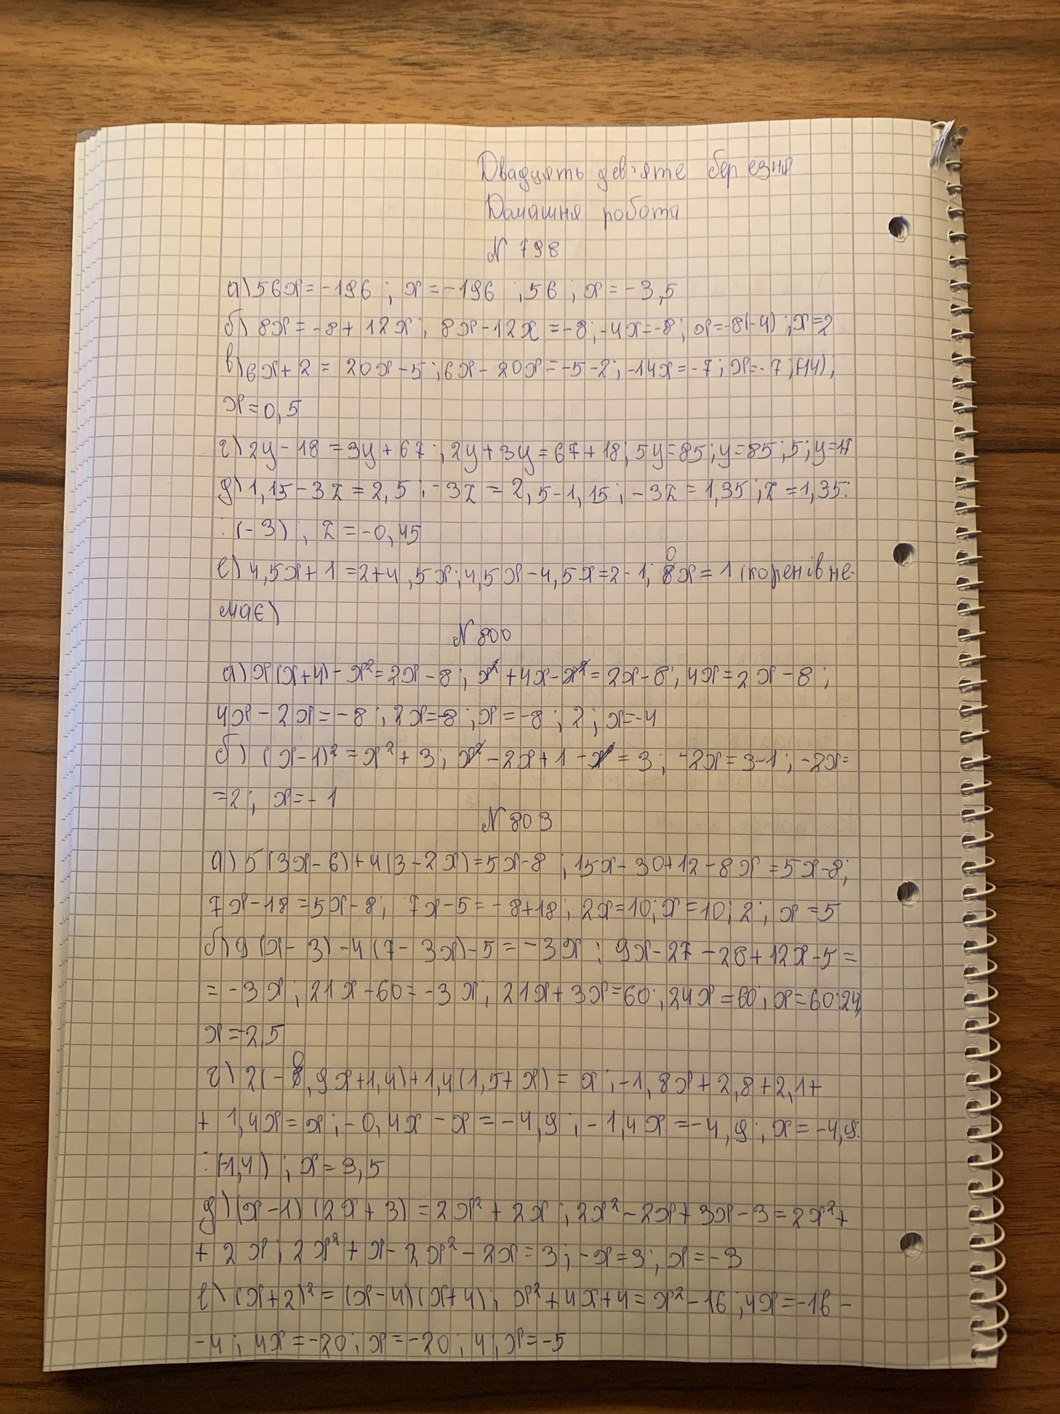
Двадцать дев’яте березня
Домашня робота
№ 798
a) 56х = -196; x=-196 ; 56; x = -3,5
б) 8х=-8+12х; 8х-12х=-8;-4х=-8;of=-8(-4);х=2
в) 6х+2=20x-5 ;6х-20х=-5-2;-14х=-7;х=-7;(-14);
х= 0,5
г) 2y - 18 = 3y + 67; 2y + 3y = 67 + 18; 5y = 85; y =85; 5; y = 17
д) 1,15- 32=2,5; -32= 2,5-1,15;-32=1,35; 2= 1,35;
: (-3) ; 2= -0,45
е) 4,5x + 1 = 2 + 4, 5x; 4,5x -4,5x = 2 - 1; ~~8~~{0}x = 1 (коренів не-
має)
№ 800
а)х(х+4)-х²=2х-8;~~х²~~+4х-~~х²~~=2х-8;4х=2х-8;
4х-2х=-8;2х= -8;х=-8;2;х=-4
б) (х-1)²=х²+3;~~х²~~-2х+1-~~х²~~=3; -2х=3-1;-2х=
= 2; х =-1
№ 803
а) 5 (3х-6)+4 (3-2х)=5х-8;15х-30+12-8х=5х -8;
7 х-18= 5х-8; 7х-5=-8+18;2х=10;х=10;2;х=5
б)9 (х-3)- 4(7-3х)-5=-3х :9х-27-28 +12х-5=
= -3x, 21x-60=-3x, 21x+3x=60, 24x=60, x=60:24
х= - 2,5
г)2( - ~~8~~{0},9 x + 1,4)+1,4 (1,5 + x) =х; - 1,8 x + 2,8 + 2,1 +
+1,4х=х;-0,4х-х=-4,9;-1;4х=-4,9;х=-4,9
: (-1.4) ;х=3,5
д) (х-1) (2х+3)=2х²+2х;2х²-2х+3х-3=2х²+
+2 х;2х²+х-2х²-2х=3;-х=3;х=-3
е) (х+2)²=(х-4)(х+4);х²+4х+4=х²-16;4х=-16-
-4; 4x = -20; x = -20; 4; x = -5